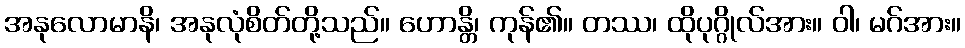
အနုလောမာနိ၊ အနုလုံစိတ်တို့သည်။ ဟောန္တိ၊ ကုန်၏။ တဿ၊ ထိုပုဂ္ဂိုလ်အား။ ဝါ၊ မဂ်အား။